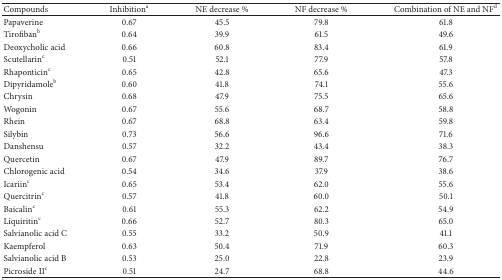
<table><thead><tr><td><b>Compounds</b></td><td><b>Inhibition<sup>a</sup></b></td><td><b>NE decrease %</b></td><td><b>NF decrease %</b></td><td><b>Combination of NE and NF<sup>d</sup></b></td></tr></thead><tbody><tr><td>Papaverine</td><td>0.67</td><td>45.5 </td><td>79.8</td><td>61.8 </td></tr><tr><td>Tirofiban<sup>b</sup></td><td>0.64</td><td>39.9 </td><td>61.5</td><td>49.6 </td></tr><tr><td>Deoxycholic acid</td><td>0.66</td><td>60.8 </td><td>83.4</td><td>61.9 </td></tr><tr><td>Scutellarin<sup>c</sup></td><td>0.51</td><td>52.1 </td><td>77.9</td><td>57.8 </td></tr><tr><td>Rhaponticin<sup>c</sup></td><td>0.65</td><td>42.8 </td><td>65.6</td><td>47.3 </td></tr><tr><td>Dipyridamole<sup>b</sup></td><td>0.60</td><td>41.8 </td><td>74.1</td><td>55.6 </td></tr><tr><td>Chrysin</td><td>0.68</td><td>47.9 </td><td>75.5</td><td>65.6 </td></tr><tr><td>Wogonin</td><td>0.67</td><td>55.6 </td><td>68.7</td><td>58.8 </td></tr><tr><td>Rhein</td><td>0.67</td><td>68.8 </td><td>63.4</td><td>59.8 </td></tr><tr><td>Silybin</td><td>0.73</td><td>56.6 </td><td>96.6</td><td>71.6 </td></tr><tr><td>Danshensu</td><td>0.57</td><td>32.2 </td><td>43.4</td><td>38.3 </td></tr><tr><td>Quercetin</td><td>0.67</td><td>47.9 </td><td>89.7</td><td>76.7 </td></tr><tr><td>Chlorogenic acid</td><td>0.54</td><td>34.6 </td><td>37.9</td><td>38.6 </td></tr><tr><td>Icariin<sup>c</sup></td><td>0.65</td><td>53.4 </td><td>62.0</td><td>55.6 </td></tr><tr><td>Quercitrin<sup>c</sup></td><td>0.57</td><td>41.8 </td><td>60.0</td><td>50.1 </td></tr><tr><td>Baicalin<sup>c</sup></td><td>0.61</td><td>55.3 </td><td>62.2</td><td>54.9 </td></tr><tr><td>Liquiritin<sup>c</sup></td><td>0.66</td><td>52.7 </td><td>80.3</td><td>65.0 </td></tr><tr><td>Salvianolic acid C</td><td>0.55</td><td>33.2 </td><td>50.9</td><td>41.1 </td></tr><tr><td>Kaempferol</td><td>0.63</td><td>50.4 </td><td>71.9</td><td>60.3 </td></tr><tr><td>Salvianolic acid B</td><td>0.53</td><td>25.0 </td><td>22.8</td><td>23.9 </td></tr><tr><td>Picroside II<sup>c</sup></td><td>0.51</td><td>24.7 </td><td>68.8</td><td>44.6 </td></tr></tbody></table>